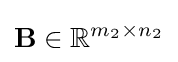
\mathbf {B} \in \mathbb {R} ^{m_{2}\times n_{2}}